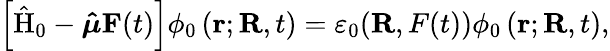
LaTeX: \left[\mathrm{\hat{H}_{0}}-\boldsymbol{\hat{\mu}}\mathbf{F}(t)\right]\phi_{0}\left(\mathbf{r};\mathbf{R},t\right)=\varepsilon_{0}(\mathbf{R},F(t))\phi_{0}\left(\mathbf{r};\mathbf{R},t\right),